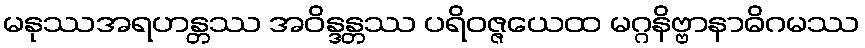
မနုဿအရဟန္တဿ အဝိန္ဒန္တဿ ပရိဝဇ္ဇယေထ မဂ္ဂနိဗ္ဗာနာဓိဂမဿ